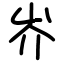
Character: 岕